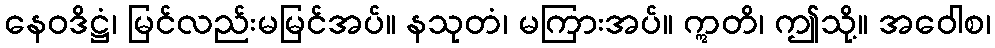
နေဝဒိဋ္ဌံ၊ မြင်လည်းမမြင်အပ်။ နသုတံ၊ မကြားအပ်။ ဣတိ၊ ဤသို့။ အဝေါစ၊